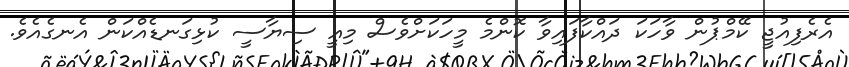
އެރެފިއުޖީ ކޭމްޕުން ވާހަކަ ދައްކާފައިވާ ކޮންމެ މީހަކަށްވެސް މިއީ ސިޔާސީ ކުޅިގަނޑެއްކަން އެނގެއެވެ.